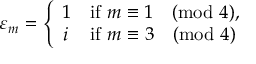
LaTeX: \varepsilon _ { m } = { \left\{ \begin{array} { l l } { 1 } & { { \mathrm { i f } } \ m \equiv 1 { \pmod { 4 } } , } \\ { i } & { { \mathrm { i f } } \ m \equiv 3 { \pmod { 4 } } } \end{array} \right. }